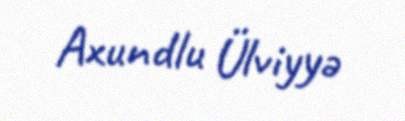
Axundlu Ülviyyə